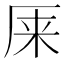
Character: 𰆙